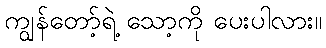
ကျွန်တော့်ရဲ့ သော့ကို ပေးပါလား။